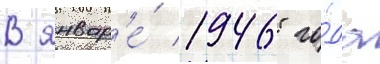
В январ'е́ 1946 го́да